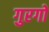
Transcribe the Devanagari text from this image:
गुरगो